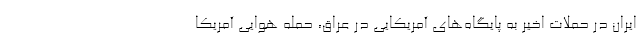
ایران در حملات اخیر به پایگاه‌های آمریکایی در عراق، حمله هوایی آمریکا